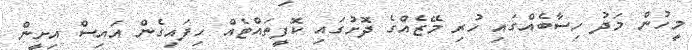
މީހުން މަދު ހިސާބެއްގައި ހުރި މޭޒެއްގެ ދޮށުގައި ކޮފީތައްޓެއް ހިފައިގެން އައިސް އިށީން